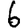
Digit: 6